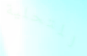
للتحلية